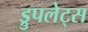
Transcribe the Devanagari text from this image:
ड्रुपलेट्स